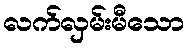
လက်လှမ်းမီသော